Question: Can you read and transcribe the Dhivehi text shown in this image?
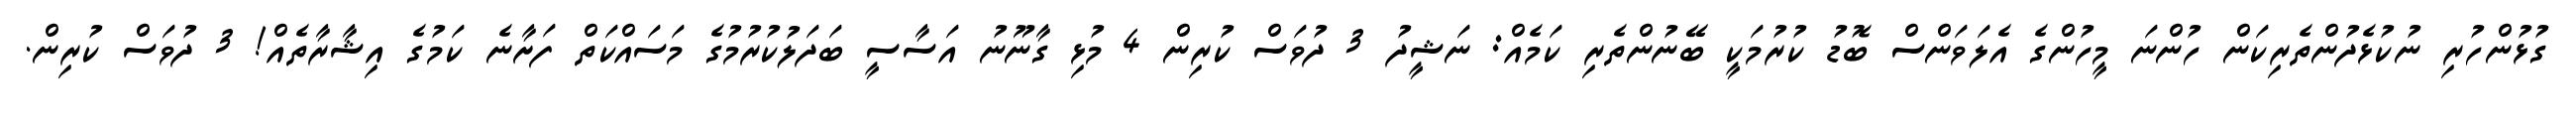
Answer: ގުޅުންހުރި ނުކުޅެދުންތެރިކަން ހުންނަ މީހުންގެ އެލަވަންސް ބޮޑު ކުރުމަކީ ބޭނުންތެރި ކަމެއް: ނަޝީދު 3 ދުވަސް ކުރިން 4 މުޅި ގާނޫނު އަސާސީ ބަދަލުކުރުމުގެ މަސައްކަތް ފަށާނެ ކަމުގެ އިޝާރާތެއް! 3 ދުވަސް ކުރިން.